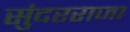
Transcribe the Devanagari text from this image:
सुंदरराजा